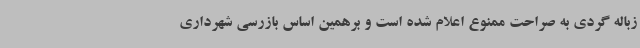
زباله گردی به صراحت ممنوع اعلام شده است و برهمین اساس بازرسی شهرداری